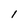
Character: l